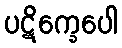
ပဋိက္ခေပေါ